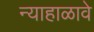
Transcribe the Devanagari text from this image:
न्याहाळावे